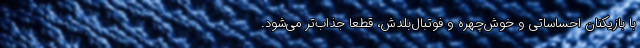
با بازیکنان احساساتی و خوش‌چهره و فوتبال‌بلدش، قطعا جذاب‌تر می‌شود.